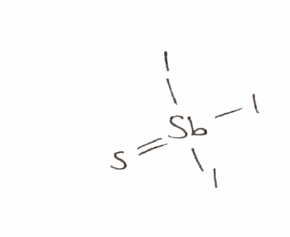
Simplified molecular-input line-entry system (SMILES) notation of the given molecule:
S=[Sb](I)(I)I